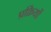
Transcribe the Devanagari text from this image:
प्रक्रियों